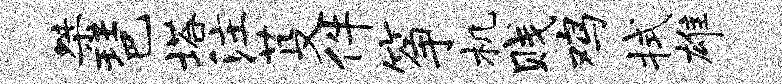
桀琶塔注芟件筝机贱鸡拭雄